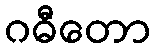
ဂဓီတော